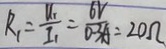
R _ { 1 } = \frac { U _ { 1 } } { I _ { 1 } } = \frac { 6 V } { 0 . 3 A } = 2 0 \Omega